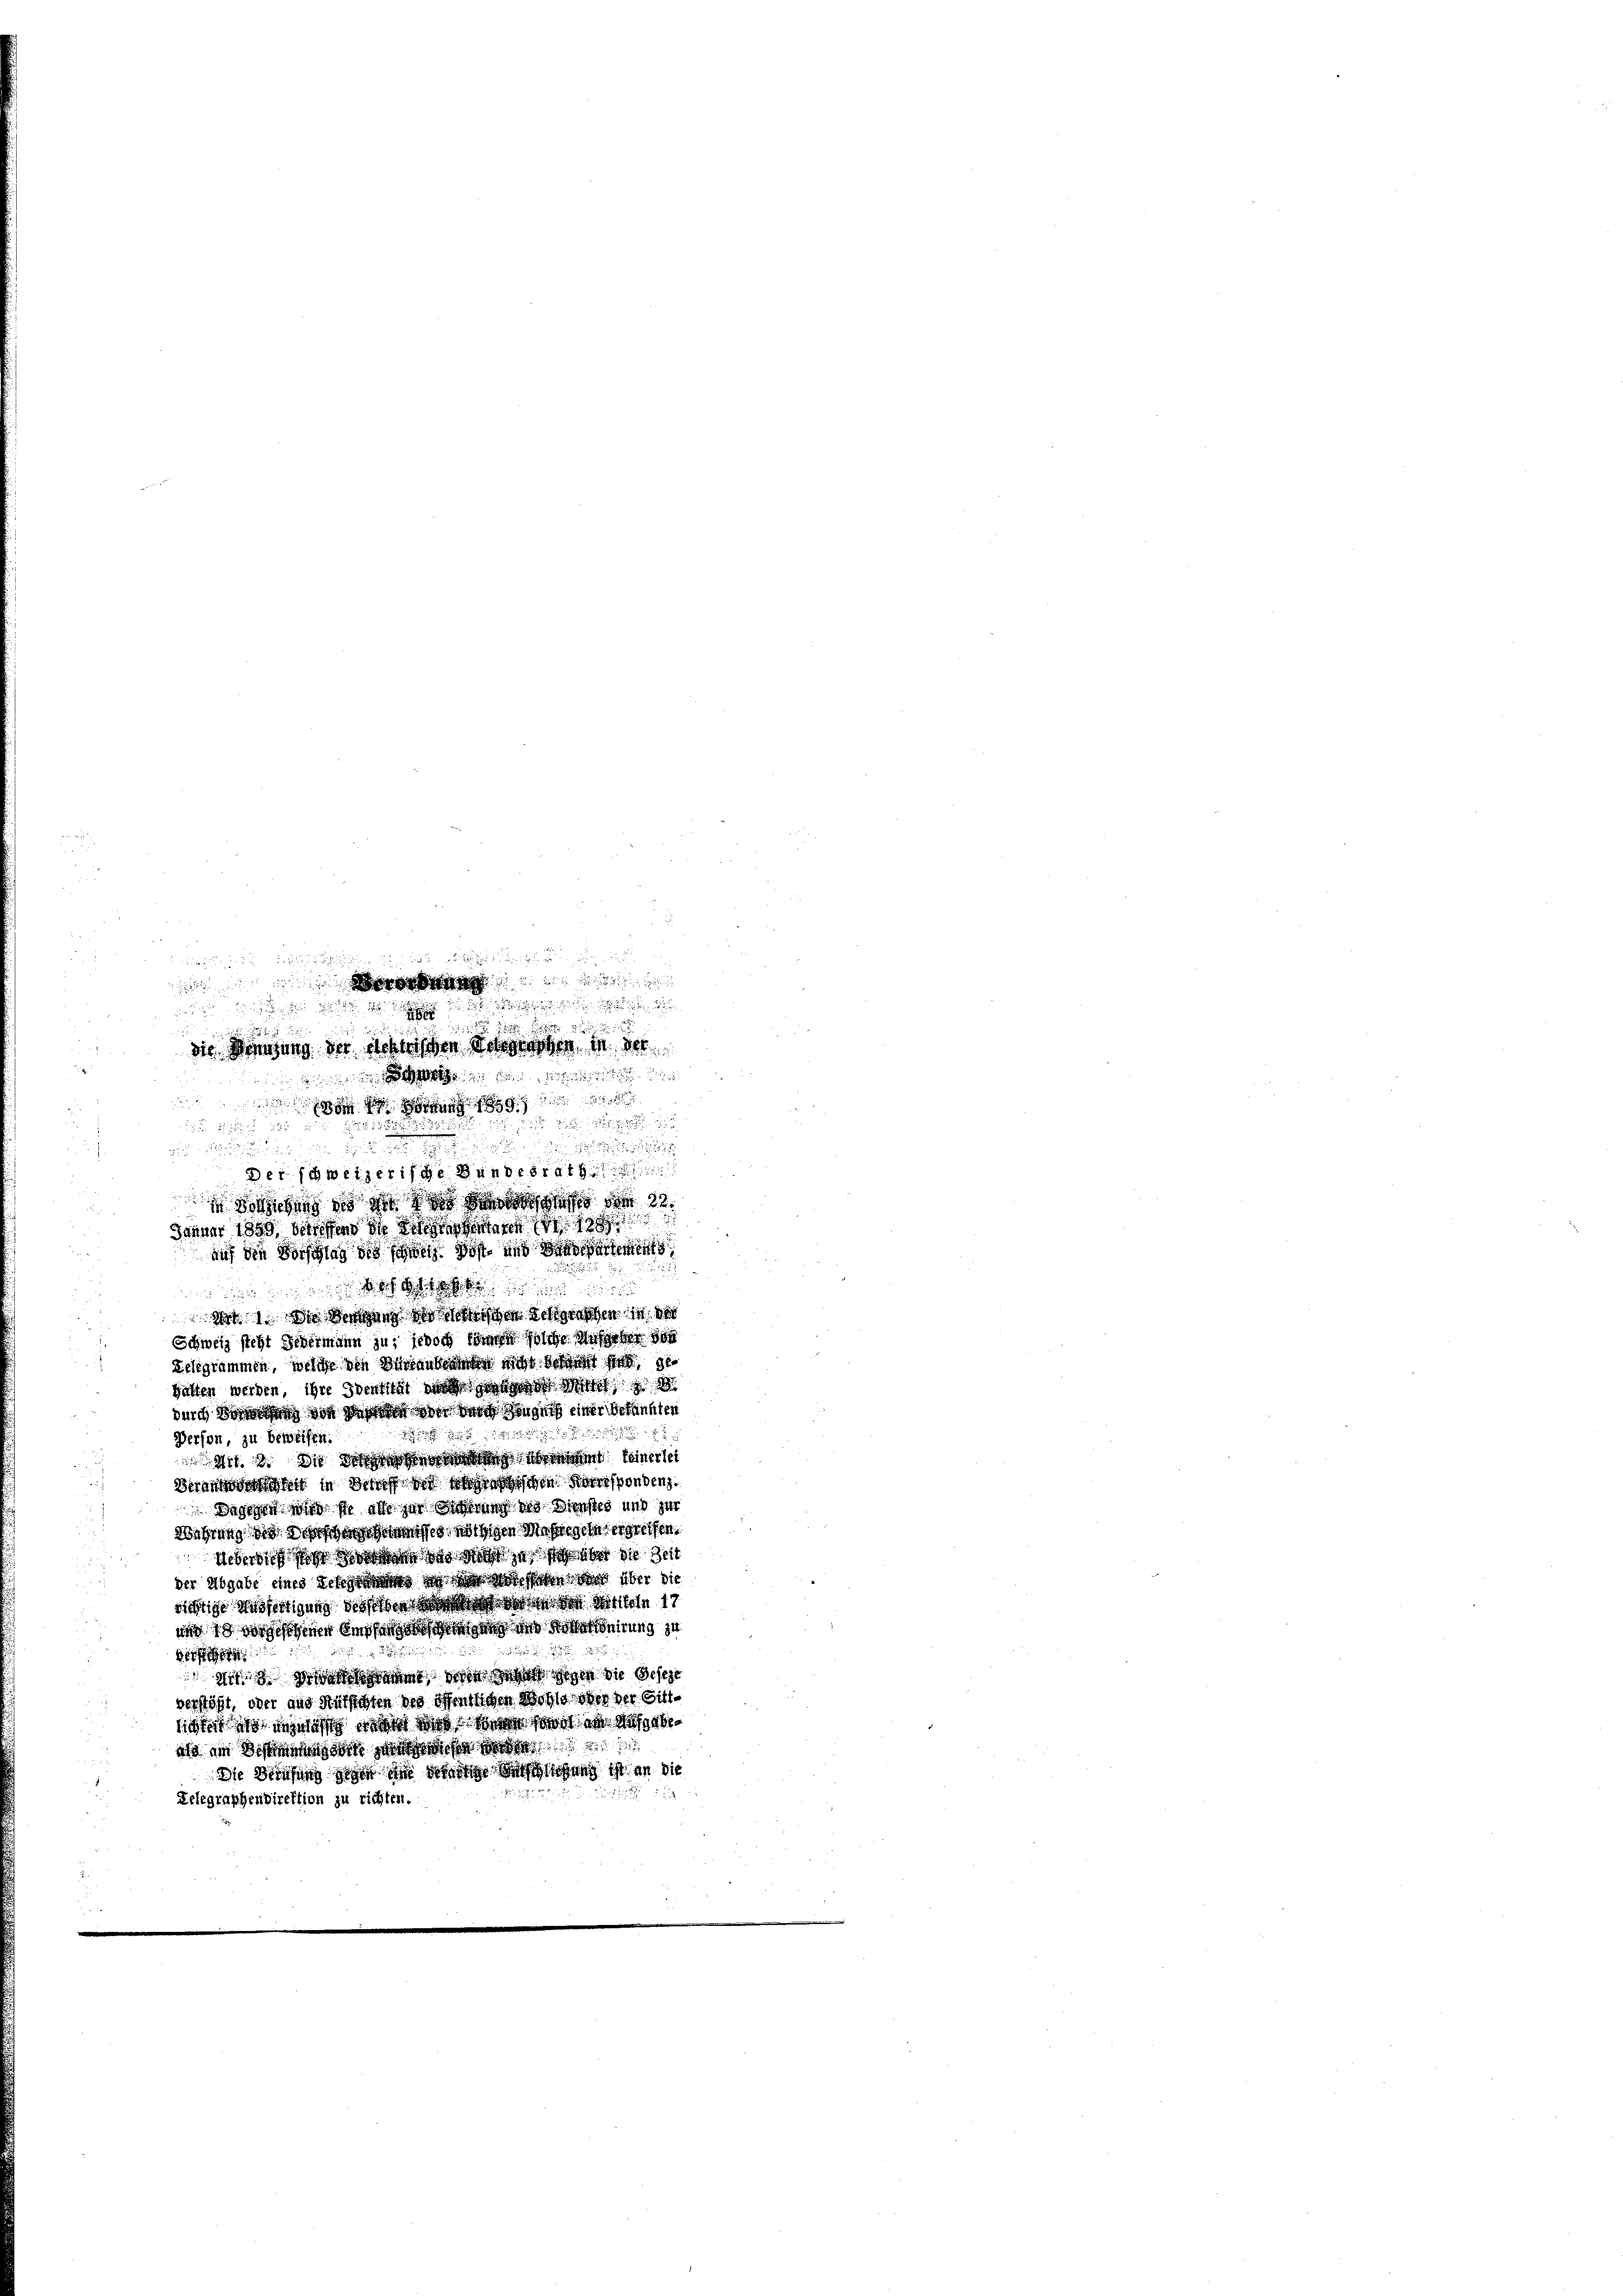
1

id
die Denung der Geheißen der in der

 se ich des

.

u
Der schweizerische Bundesrath
ihung in gesche der 32.
Januar 1850 dass ich nichtetene
auf die Vorschlag des schen Post und
o
w in den ich wie ich geschen in der
Schweiz steht Gebermann zu, jedoch kann solche Weber 19
Schgrammen, welche die Gegenderen nicht derart ge
batten werden, ihre Sentist die
durch das nun von der von dahingen einer bekannten

Person, zu beweisen.
 e w a seinersei
denden in darf ich diesen Korresponden.
dasige sich so al der Schnung des Dienstes und zur
sbahren, sich das er muss mit den Mehrgen erstehen
iben sich sich an das sich ja sah ihr die Zeit
der Abgabe und dieses sich die ich sehn und über die
dictis gefertigung diesen da war die in der Still 17
i 13 noch hier bisherische der in Bonirung zu
s
der
mis an die gegen gegen die Geseze
versteht, oder aus Rutschten der öffentlichen Wohls ober der Gill-
lictes ist in so wir ist wird so in geb
iss in Sohn doch dass e
ie diesen sein der der beschehen ist an die

Telegraphendirektion zu richten.